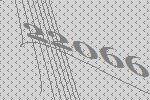
22066